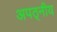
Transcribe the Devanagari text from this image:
अपठ्नीय